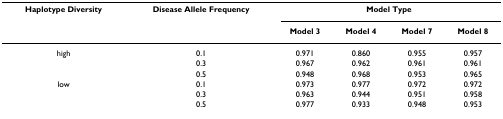
| Haplotype Diversity | Disease Allele Frequency | <COLSPAN=4> Model Type |
 |  |  | Model 3 | Model 4 | Model 7 | Model 8 |
 | --- | --- | --- | --- | --- | --- |
 | high | 0.1 | 0.971 | 0.860 | 0.955 | 0.957 |
 |  | 0.3 | 0.967 | 0.962 | 0.961 | 0.961 |
 |  | 0.5 | 0.948 | 0.968 | 0.953 | 0.965 |
 | low | 0.1 | 0.973 | 0.977 | 0.972 | 0.972 |
 |  | 0.3 | 0.963 | 0.944 | 0.951 | 0.958 |
 |  | 0.5 | 0.977 | 0.933 | 0.948 | 0.953 |